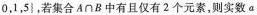
0，1，5\}，若集合$$A\cap B$$中有且仅有2个元素，则实数a